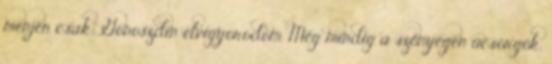
menjen csak. Gonoszdin elvigyorodom. Még mindig a szőnyegen ücsörgök.